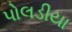
પોલડીયા